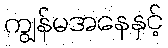
ကျွန်မအနေနှင့်